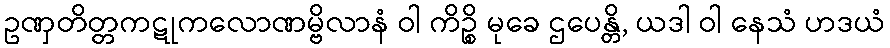
ဥဏှတိတ္တကဋုကလောဏမ္ဗိလာနံ ဝါ ကိဉ္စိ မုခေ ဌပေန္တိ, ယဒါ ဝါ နေသံ ဟဒယံ